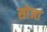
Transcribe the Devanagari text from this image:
सोजा